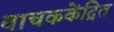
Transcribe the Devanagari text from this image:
वाचककेंद्रित